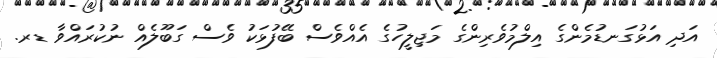
އަދި އަޅުގަނޑުމެންގެ އިލްމުވެރިންގެ މަޖިލީހުގެ އެއްވެސް ބޭފުޅަކު ވެސް ގަބޫލެއް ނުކުރައްވާ ޑރ.